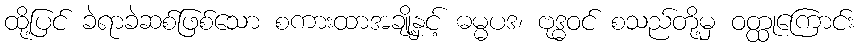
ထို့ပြင် ခဲရာခဲဆစ်ဖြစ်သော စကားထာအချို့နှင့် ဓမ္မပဒ၊ ဗုဒ္ဓဝင် စသည်တို့မှ ဝတ္ထုကြောင်း